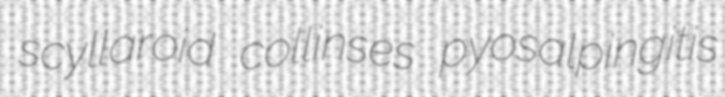
scyllaroid collinses pyosalpingitis